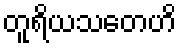
တူရိယသတေဟိ